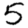
Digit: 5